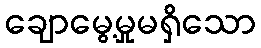
ချောမွေ့မှုမရှိသော